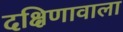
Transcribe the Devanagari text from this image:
दक्षिणावाला